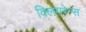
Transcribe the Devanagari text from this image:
क्लियरेन्स